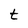
Character: t